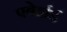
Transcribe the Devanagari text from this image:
एबेर्हार्ड